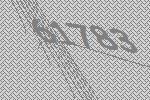
61783